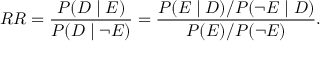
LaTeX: R R = { \frac { P ( D \mid E ) } { P ( D \mid \neg E ) } } = { \frac { P ( E \mid D ) / P ( \neg E \mid D ) } { P ( E ) / P ( \neg E ) } } .